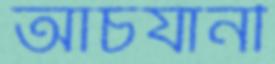
আচর্যানী